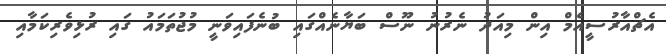
އެޗްއާރުސީއެމް އިން މިއަދު ނެރުނު ނޫސް ބަޔާނެއްގައި ބުނެފައިވަނީ މުޖުތަމައު ގައި ރުޅިވެރިކަމާއި